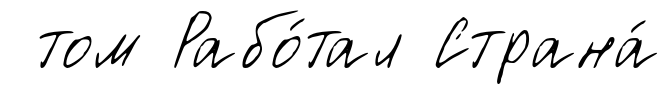
том Рабо́тал Страна́